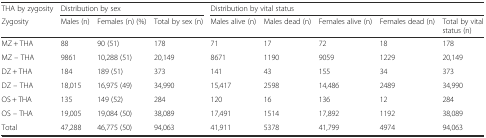
<table><thead><tr><td><b>THA by zygosity</b></td><td colspan="3"><b>Distribution by sex</b></td><td colspan="5"><b>Distribution by vital status</b></td></tr><tr><td><b>Zygosity</b></td><td><b>Males (n)</b></td><td><b>Females (n) (%)</b></td><td><b>Total by sex (n)</b></td><td><b>Males alive (n)</b></td><td><b>Males dead (n)</b></td><td><b>Females alive (n)</b></td><td><b>Females dead (n)</b></td><td><b>Total by vital status (n)</b></td></tr></thead><tbody><tr><td>MZ + THA</td><td>88</td><td>90 (51)</td><td>178</td><td>71</td><td>17</td><td>72</td><td>18</td><td>178</td></tr><tr><td>MZ – THA</td><td>9861</td><td>10,288 (51)</td><td>20,149</td><td>8671</td><td>1190</td><td>9059</td><td>1229</td><td>20,149</td></tr><tr><td>DZ + THA</td><td>184</td><td>189 (51)</td><td>373</td><td>141</td><td>43</td><td>155</td><td>34</td><td>373</td></tr><tr><td>DZ – THA</td><td>18,015</td><td>16,975 (49)</td><td>34,990</td><td>15,417</td><td>2598</td><td>14,486</td><td>2489</td><td>34,990</td></tr><tr><td>OS + THA</td><td>135</td><td>149 (52)</td><td>284</td><td>120</td><td>16</td><td>136</td><td>12</td><td>284</td></tr><tr><td>OS – THA</td><td>19,005</td><td>19,084 (50)</td><td>38,089</td><td>17,491</td><td>1514</td><td>17,892</td><td>1192</td><td>38,089</td></tr><tr><td>Total</td><td>47,288</td><td>46,775 (50)</td><td>94,063</td><td>41,911</td><td>5378</td><td>41,799</td><td>4974</td><td>94,063</td></tr></tbody></table>